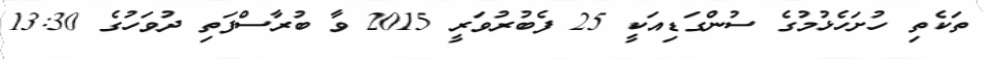
ތަކެތި ހުށަހެޅުމުގެ ސުންގަޑިއަކީ 25 ފެބުރުވަރީ 2015 ވާ ބުރާސްފަތި ދުވަހުގެ 13:30